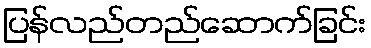
ပြန်လည်တည်ဆောက်ခြင်း